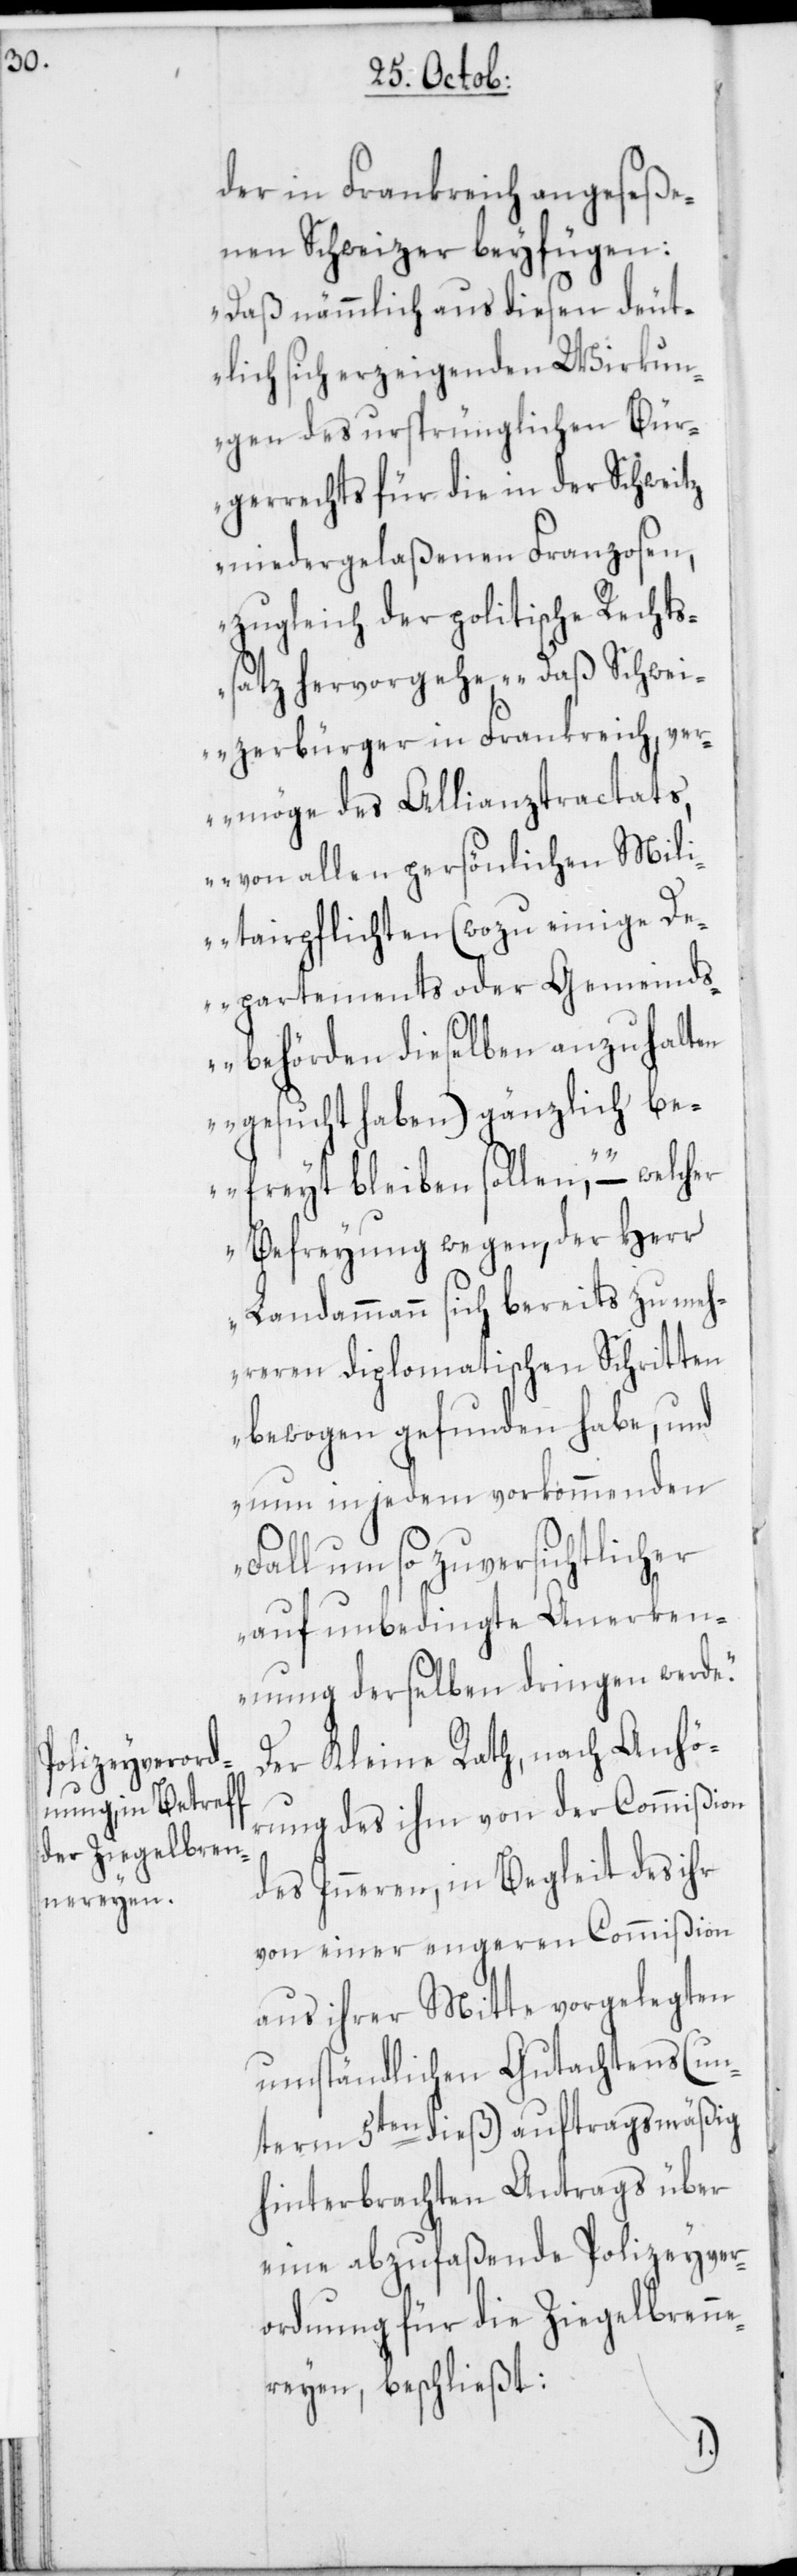
der in Frankreich angeseße¬
nen Schweizer beyfügen:
„Daß nämmlich aus diesen deut¬
lich sich erzeigenden Wirkun¬
gen des ursprünglichen Bür¬
gerrechts für die in der Schweitz
niedergelaßenen Franzosen,
zugleich der politische Rechts¬
satz hervorgehe, „Daß Schwei¬
zerbürger in Frankreich, ve¬
rmöge des Allianztractats,
von allen persönlichen Mili¬
tairpflichten (wozu einige De¬
partements oder Gemeinds¬
behörden dieselben anzuhalten
gesucht haben), gänzlich be¬
freyt bleiben sollen“, – welcher
Befreyung wegen, der Herr
Landammann sich bereits zu meh¬
reren diplomatischen Schritten
bewogen gefunden habe, und
nun in jedem vorkommenden
Fall um so zuversichtlicher
auf unbedingte Anerken¬
nung derselben dringen werde.“
Der Kleine Rath, nach Anhö¬
rung des ihm von der Commißion
des Inneren, in Begleit des ihr
von einer engeren Commißion
aus ihrer Mitte vorgelegten
umständlichen Gutachtens (un¬
term 5ten dieß) auftragsmäßig
hinterbrachten Antrags über
eine abzufaßende Polizeyver¬
ordnung für die Ziegelbrenn¬
ereyen, beschließt: